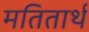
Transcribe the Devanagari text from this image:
मतितार्थ